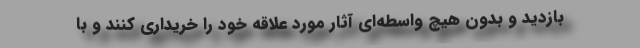
بازدید و بدون هیچ واسطه‌ای آثار مورد علاقه خود را خریداری کنند و با